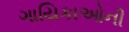
ગાયિકાઓની